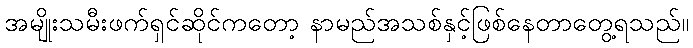
အမျိုးသမီးဖက်ရှင်ဆိုင်ကတော့ နာမည်အသစ်နှင့်ဖြစ်နေတာတွေ့ရသည်။